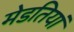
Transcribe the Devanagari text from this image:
मेडतियां